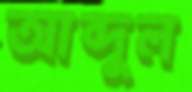
আব্দুল